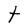
Character: t